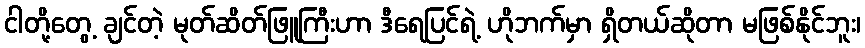
ငါတို့တွေ့ ချင်တဲ့ မုတ်ဆိတ်ဖြူကြီးဟာ ဒီရေပြင်ရဲ့ ဟိုဘက်မှာ ရှိတယ်ဆိုတာ မဖြစ်နိုင်ဘူး၊